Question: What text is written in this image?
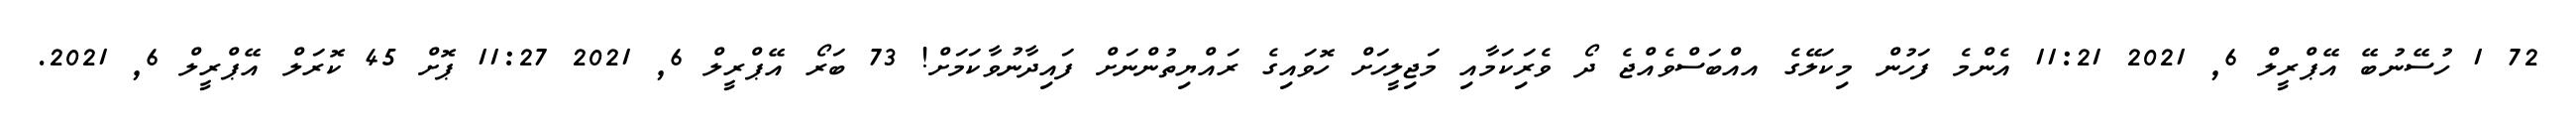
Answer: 72 1 ހުސޭނުބޭ އޭޕްރީލް 6, 2021 11:21 އެންމެ ފަހުން މިކަލޭގެ އއްބަސްވެއްޖެ ދޯ ވެރިަކަމާއި މަޖިލީހަށް ހޮވައިގެ ރައްޔިތުންނަށް ފައިދާނުވާކަމަށް! 73 ބަރޯ އޭޕްރީލް 6, 2021 11:27 ޕޮށް 45 ކޮރަލް އޭޕްރީލް 6, 2021.